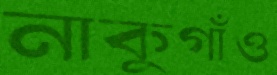
নাকুগাঁও